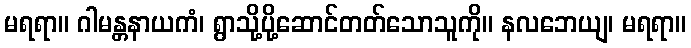
မရရာ။ ဂါမန္တနာယကံ၊ ရွာသို့ပို့ဆောင်တတ်သောသူကို။ နလဘေယျ၊ မရရာ။